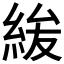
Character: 𮈐